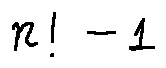
n ! - 1